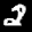
Label: 2